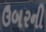
ઉબરની